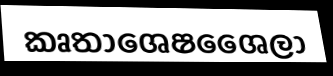
කෘතාශෙෂශෛලා